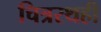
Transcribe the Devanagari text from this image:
चित्ररथही